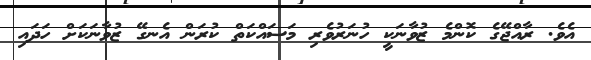
އެވެ. ރާއްޖޭގެ ކޮންމެ ޒުވާނަކީ ހުނަރުވެރި މަސައްކަތް ކުރަން އެނގޭ ޒުވާނަކަށް ހަދައި